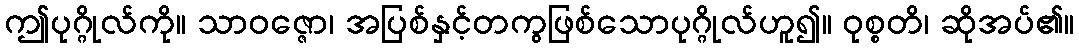
ဤပုဂ္ဂိုလ်ကို။ သာဝဇ္ဇော၊ အပြစ်နှင့်တကွဖြစ်သောပုဂ္ဂိုလ်ဟူ၍။ ဝုစ္စတိ၊ ဆိုအပ်၏။